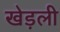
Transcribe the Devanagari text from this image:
खेड़ली